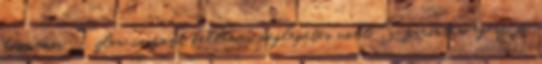
koppanni. Tyler viszont kellemes meglepetés volt. Szerintem egész jó